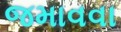
જમાવવા